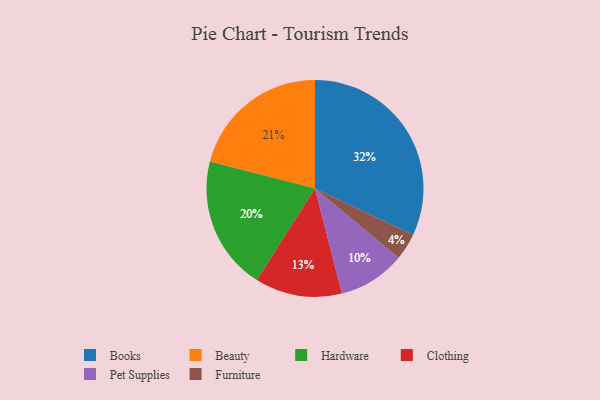
{"axis": {"x": "Category", "y": "Percentage"}, "legend": ["Beauty", "Books", "Clothing", "Furniture", "Hardware", "Pet Supplies"], "data": [{"x": "Pet Supplies", "y": 10, "type": "Pet Supplies"}, {"x": "Furniture", "y": 4, "type": "Furniture"}, {"x": "Hardware", "y": 20, "type": "Hardware"}, {"x": "Clothing", "y": 13, "type": "Clothing"}, {"x": "Beauty", "y": 21, "type": "Beauty"}, {"x": "Books", "y": 32, "type": "Books"}]}